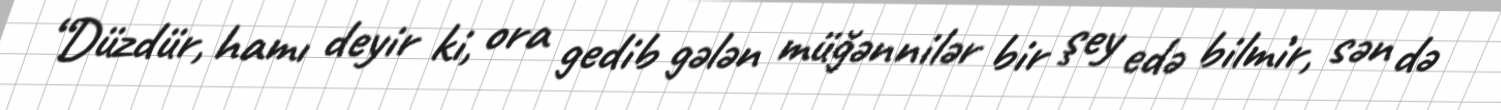
“Düzdür, hamı deyir ki, ora gedib gələn müğənnilər bir şey edə bilmir, sən də